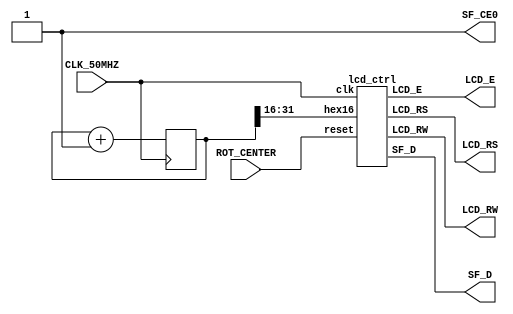

module S3Etest(CLK_50MHZ, ROT_CENTER, SF_CE0, SF_D, LCD_E, LCD_RS, LCD_RW);
	input CLK_50MHZ;
	input ROT_CENTER;
	output SF_CE0;
	output [11:8] SF_D;
	output LCD_E;
	output LCD_RS;
	output LCD_RW;

	assign SF_CE0=1;	//disable flash (shares some pins with LCD)

	wire clk=CLK_50MHZ;
	wire reset=ROT_CENTER;

	reg [31:0] count;	//something to display
	always@(posedge clk)
		count<=count+1;
	
	lcd_ctrl lcd0(clk, reset, count[31:16], SF_D, LCD_E, LCD_RS, LCD_RW);

endmodule

//Simple LCD controller - display a 16-bit hex value
module lcd_ctrl(clk, reset, hex16, SF_D, LCD_E, LCD_RS, LCD_RW);
	input clk, reset;
	input [15:0] hex16;	//16-bit hex value to display
	output [11:8] SF_D;	//LCD controls...
	output LCD_E;
	output LCD_RS;
	output LCD_RW;
	assign LCD_RW=0;	//always writing to LCD

	wire busy, done;
	wire write;
	wire mode4;
	wire rs;
	reg [7:0] lcd_dat;

	reg [3:0] state;
	wire [3:0] nextstate;
	reg [15:0] tmp16;	//shift reg for hex output

	wire [7:0] ascii;	//translate to ascii code
	wire [7:0] add;
	assign add=(tmp16[15:12]<10) ? 8'h30 : 8'h37;
	assign ascii={4'h0, tmp16[15:12]} + add;

	lcd_write wr(clk, reset, write, mode4, rs, lcd_dat, SF_D, LCD_E, LCD_RS, busy, done);

	always@(posedge clk, posedge reset) begin
		if(reset) begin
			state<=0;
		end else begin
			if(done) begin
				state<=nextstate;
				if(state==8)	tmp16<=hex16;			//reload input
				else		tmp16<={tmp16[12:0],4'h0};	//shift digits out
			end
		end
	end

	assign mode4=(state>3);
	assign write=!busy;
	assign rs=(state>8);
	assign nextstate=(state==12) ? 8 : state+1;
	always@* begin
		case(state)
			0: lcd_dat=8'h33;	//LCD initialization sequence...
			1: lcd_dat=8'h33;
			2: lcd_dat=8'h33;
			3: lcd_dat=8'h28;
			4: lcd_dat=8'h28;
			5: lcd_dat=8'h06;
			6: lcd_dat=8'h0C;
			7: lcd_dat=8'h01;
			8: lcd_dat=8'h80;	//set DD RAM address=0
			9: lcd_dat=ascii;
			10: lcd_dat=ascii;
			11: lcd_dat=ascii;
			12: lcd_dat=ascii;	//loops back to 8:
			default: lcd_dat=8'hXX;
		endcase
	end

endmodule

//State machine for writing command/data to LCD
module lcd_write(clk, reset, start, mode4, rs, d, SF_D, LCD_E, LCD_RS, busy, done);

	input clk, reset;
	input start;			//begin writing to LCD (wait for busy=0)
	input mode4;			//1=4-bit mode, 0=8-bit mode (only used during initialization)
	input rs;			//lcd_rs output: 0=write command, 1=write data
	input [7:0] d;			//data to send

	output reg [11:8] SF_D;		//LCD controls
	output reg LCD_RS;
	output reg LCD_E;
	output reg busy;		//high while writing
	output done;			//write complete - high for 1 clock
	
	reg [16:0] count;

	assign done=(count==82089);	//wait ~1.6ms for command to complete
					//(most commands take less time, but this simplifies things)
	always@(posedge clk, posedge reset) begin
		if(reset) begin
			LCD_E <= 0;
			busy <= 0;
		end else begin
			if(start) begin
				LCD_RS <= rs;
				count <= 0;
				busy <= 1;
				SF_D <= d[7:4];
			end else begin
				if(busy) count<=count+1;
				if(count==4 | (mode4 & count==70)) LCD_E<=1;
				else if(count==20 || count==90) LCD_E<=0;
				if(count==60) SF_D<=d[3:0];
				if(done) busy<=0;
			end
		end
	end
endmodule